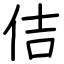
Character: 佶